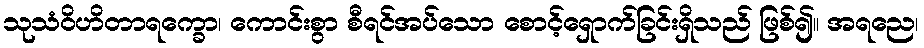
သုသံဝိဟိတာရက္ခော၊ ကောင်းစွာ စီရင်အပ်သော စောင့်ရှောက်ခြင်းရှိသည် ဖြစ်၍။ အရညေ၊